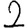
Digit: 2